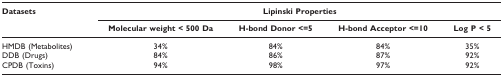
| Datasets | <COLSPAN=4> Lipinski Properties |
 |  | Molecular weight <500 Da | H-bond Donor <=5 | H-bond Acceptor <=10 | Log P <5 |
 | --- | --- | --- | --- | --- |
 | HMDB (Metabolites) | 34% | 84% | 84% | 35% |
 | DDB (Drugs) | 84% | 86% | 87% | 92% |
 | CPDB (Toxins) | 94% | 98% | 97% | 92% |